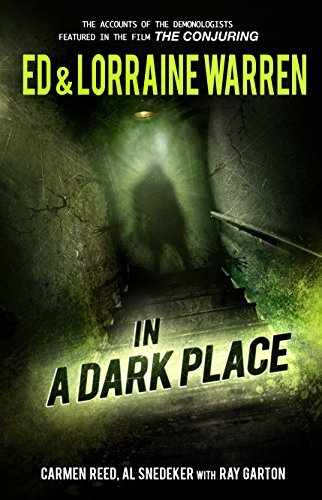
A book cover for In a Dark Place (Ed & Lorraine Warren); Ed Warren; Religion & Spirituality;